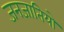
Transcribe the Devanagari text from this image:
जनजातियो